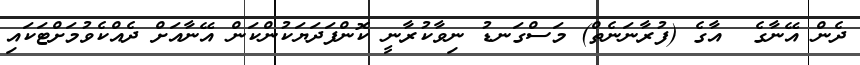
ދެން އޭނާގެ  އާގެ (ފުރާނަނެތް) މަސްގަނޑު ނިވާކުރާނީ ކޮންފަދަޔަކުންކަން އޭނާއަށް ދެއްކެވުމަށްޓަކައި